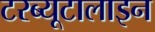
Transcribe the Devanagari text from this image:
टरब्यूटालाइन